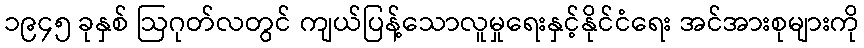
၁၉၄၅ ခုနှစ် ဩဂုတ်လတွင် ကျယ်ပြန့်သောလူမှုရေးနှင့်နိုင်ငံရေး အင်အားစုများကို